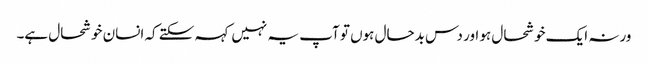
ورنہ ایک خوشحال ہو اور دس بدحال ہوں تو آپ یہ نہیں کہہ سکتے کہ انسان خوشحال ہے۔